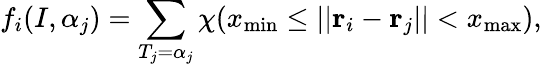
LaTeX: f_{i}(I,\alpha_{j})=\sum_{T_{j}=\alpha_{j}}\chi(x_{\mathrm{min}}\le||{\mathbf r}_{i}-{\mathbf r}_{j}||<x_{\mathrm{max}}),